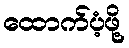
ထောက်ပံ့ဖို့